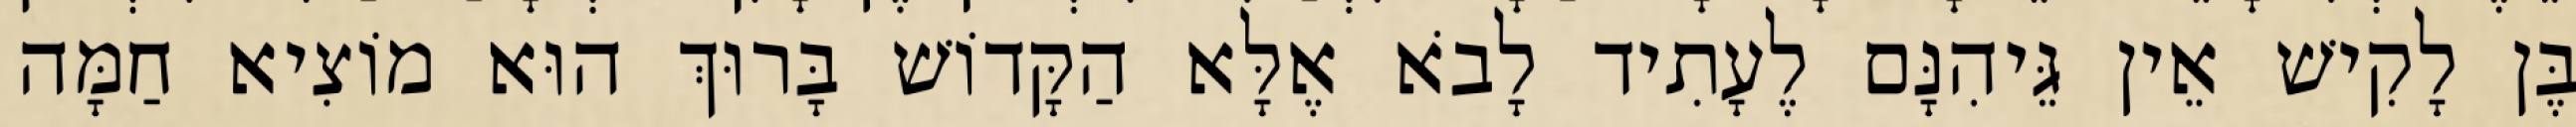
בֶּן לָקִישׁ אֵין גֵּיהִנָּם לֶעָתִיד לָבֹא אֶלָּא הַקָּדוֹשׁ בָּרוּךְ הוּא מוֹצִיא חַמָּה